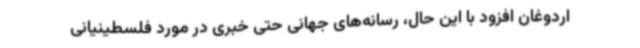
اردوغان افزود با این حال، رسانه‌های جهانی حتی خبری در مورد فلسطینیانی